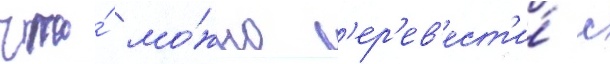
что́ мо́жно п'ер'ев'ест'и́ с